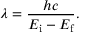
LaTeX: \lambda = { \frac { h c } { E _ { \mathrm { i } } - E _ { \mathrm { f } } } } .